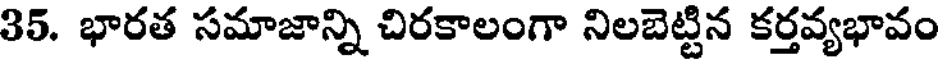
35. భారత సమాజాన్ని చిరకాలంగా నిలబెట్టిన కర్తవ్యభావం